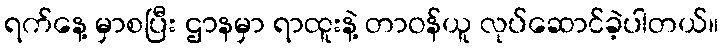
ရက်နေ့ မှာစပြီး ဌာနမှာ ရာထူးနဲ့ တာဝန်ယူ လုပ်ဆောင်ခဲ့ပါတယ်။